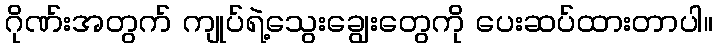
ဂိုဏ်းအတွက် ကျုပ်ရဲ့သွေးချွေးတွေကို ပေးဆပ်ထားတာပါ။